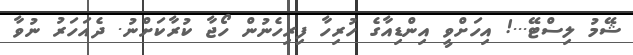
ޝޭމު ލިސްޓޭ...! އިހަށްވީ އިންޑިއާގެ ހުރިހާ ފިރިހެނުން ހޯޖާ ކުރާކަށްނު. ދެއަހަރު ނުވާ